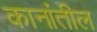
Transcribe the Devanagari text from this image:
कानांतील